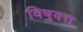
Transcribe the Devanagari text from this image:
विषुवत्त